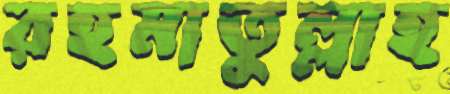
রহমাতুল্লাহ